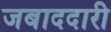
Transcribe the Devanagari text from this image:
जबाददारी